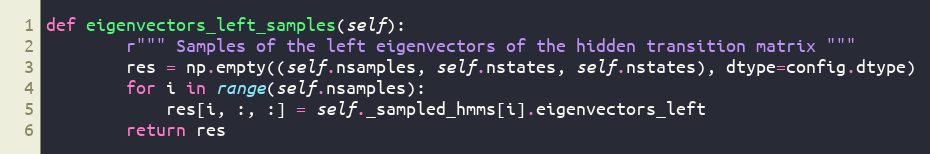
Language: Python
def eigenvectors_left_samples(self):
        r""" Samples of the left eigenvectors of the hidden transition matrix """
        res = np.empty((self.nsamples, self.nstates, self.nstates), dtype=config.dtype)
        for i in range(self.nsamples):
            res[i, :, :] = self._sampled_hmms[i].eigenvectors_left
        return res